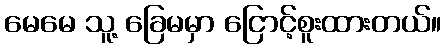
မေမေ သူ့ ခြေမမှာ ငြောင့်စူးထားတယ်။